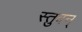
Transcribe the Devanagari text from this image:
स्तुवन्